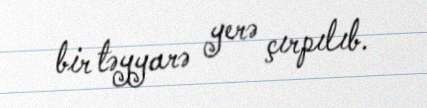
bir təyyarə yerə çırpılıb.